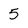
Character: 5